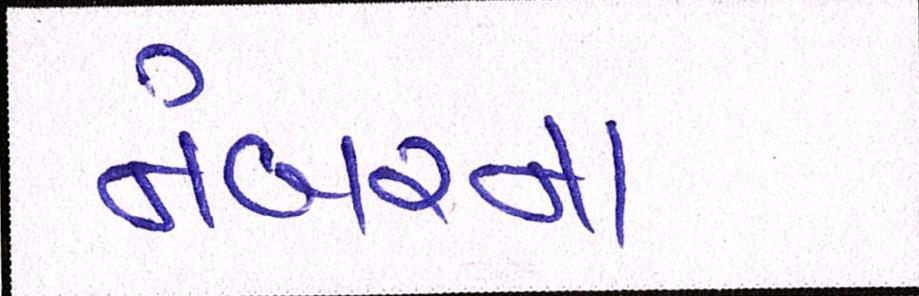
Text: નંબરના